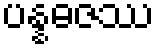
ပန္နဓဇဿ